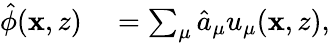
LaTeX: \begin{array}{rl}{\hat{\phi}(\mathbf{x},z)}&{{}=\sum_{\mu}\hat{a}_{\mu}u_{\mu}(\mathbf{x},z),}\end{array}